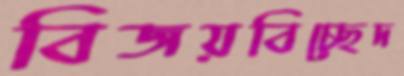
বিজয়বিচ্ছেদ